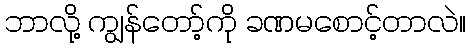
ဘာလို့ ကျွန်တော့်ကို ခဏမစောင့်တာလဲ။